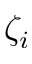
\zeta _ { i }